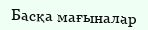
Басқа мағыналар